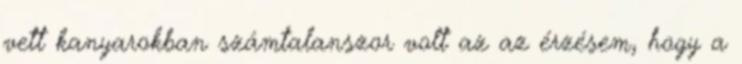
vett kanyarokban számtalanszor volt az az érzésem, hogy a